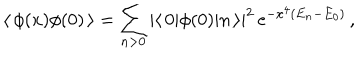
\langle \, \phi ( x ) \phi ( 0 ) \, \rangle = \sum _ { n > 0 } | \langle \, 0 | \phi ( 0 ) | n \, \rangle | ^ { 2 } \, \mathrm { e } ^ { - x ^ { 4 } ( E _ { n } - E _ { 0 } ) } \, ,